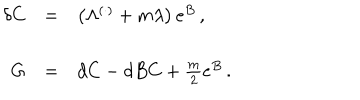
\begin{array} { r c l } { { \delta C } } & { { = } } & { { \left( \Lambda ^ { ( \cdot ) } + m \lambda \right) e ^ { B } \, , } } \\ { { } } & { { } } & { { } } \\ { { G } } & { { = } } & { { d C - d B C + \frac { m } { 2 } e ^ { B } \, . } } \\ { { } } & { { } } & { { } } \\ \end{array}